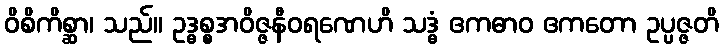
ဝိစိကိစ္ဆာ၊ သည်။ ဥဒ္ဓစ္စအဝိဇ္ဇနီဝရဏေဟိ သဒ္ဓံ ဧကဓာဝ ဧကတော ဥပ္ပဇ္ဇတိ